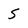
Character: 5